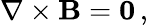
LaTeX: \nabla\times\mathbf{B}=\mathbf{0}\, ,